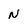
Character: N